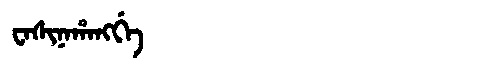
Manchu: ᠸᠠᠰᡳᠨᠠᡥᠠᠩᡤᡝ
Romanization: WASINAHANGGE